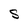
Character: S